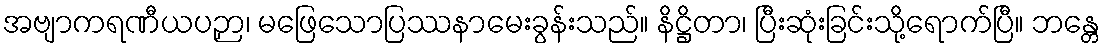
အဗျာကရဏီယပဉှာ၊ မဖြေသောပြဿနာမေးခွန်းသည်။ နိဋ္ဌိတာ၊ ပြီးဆုံးခြင်းသို့ရောက်ပြီ။ ဘန္တေ